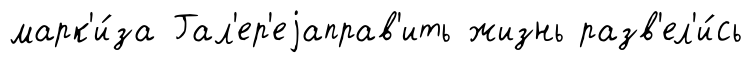
марк'и́за Гал'ер'еjаправ'ить жизнь разв'ел'и́сь